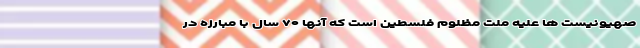
صهیونیست ها علیه ملت مظلوم فلسطین است که آنها ۷۰ سال با مبارزه در